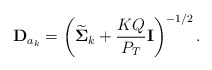
\begin{align*}\mathbf{D}_{a_k} = \left(\widetilde{\boldsymbol{\Sigma}}_k + \frac{KQ}{P_{T}}\mathbf{I} \right)^{-1/2}.\end{align*}